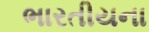
ભારતીયના